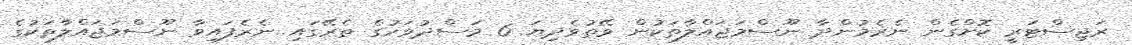
ރަޖިސްޓަރީ ކޮށްގެން ނެރެމުންދާ ނޫސްމަޖައްލާތަކުން ވޭތުވެދިޔަ 6 މަސްދުވަހުގެ ތެރޭގައި ނެރެފައިވާ ނޫސްމަޖައްލާތަކުގެ